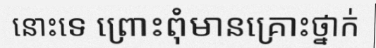
នោះទេ ព្រោះពុំមានគ្រោះថ្នាក់